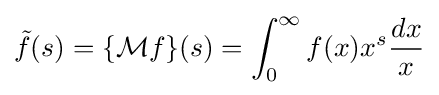
{\tilde {f}}(s)=\{{\mathcal {M}}f\}(s)=\int _{0}^{\infty }f(x)x^{s}{\frac {dx}{x}}